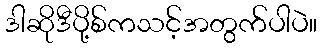
ဒါဆိုဒီပို့စ်ကသင့်အတွက်ပါပဲ။